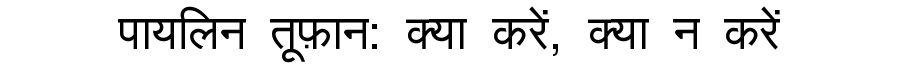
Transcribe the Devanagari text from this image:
पायलिन तूफ़ान: क्या करें, क्या न करें